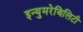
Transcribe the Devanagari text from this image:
इन्युमरेबिलिटी